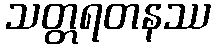
သတ္တရတနဿ